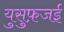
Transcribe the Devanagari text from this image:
युसुफ़जई